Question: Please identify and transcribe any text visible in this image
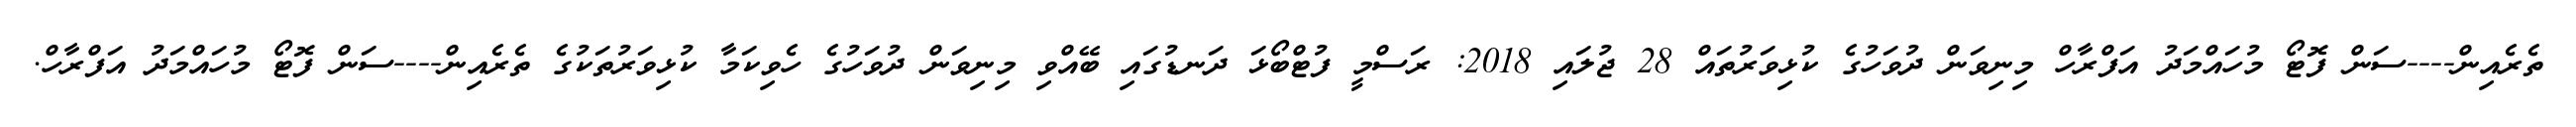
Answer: ތެރެއިން----ސަން ފޮޓޯ މުހައްމަދު އަފްރާހް މިނިވަން ދުވަހުގެ ކުޅިވަރުތައް 28 ޖުލައި 2018: ރަސްމީ ފުޓްބޯޅަ ދަނޑުގައި ބޭއްވި މިނިވަން ދުވަހުގެ ހެވިކަމާ ކުޅިވަރުތަކުގެ ތެރެއިން----ސަން ފޮޓޯ މުހައްމަދު އަފްރާހް.